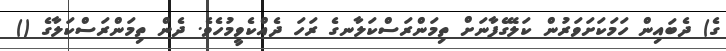
ގެ) ދެބައިން ހަމަކަށަވަރުން ކަލޭގެފާނަށް ތިމަންރަސްކަލާނގެ ރަހަ ދެއްކެވީމުހެވެ. ދެން ތިމަންރަސްކަލާގެ ()